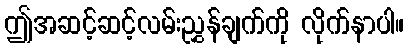
ဤအဆင့်ဆင့်လမ်းညွှန်ချက်ကို လိုက်နာပါ။